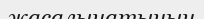
жасалынатынын